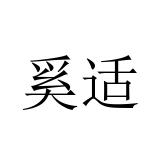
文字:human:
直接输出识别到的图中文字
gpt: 奚适